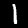
Label: 1